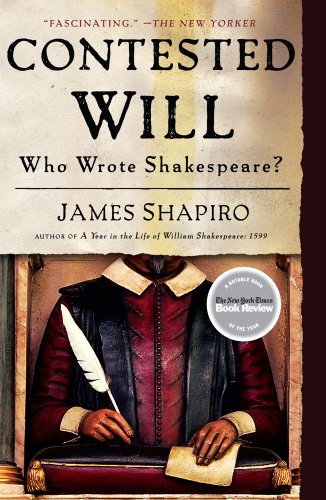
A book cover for Contested Will: Who Wrote Shakespeare?; James Shapiro; Literature & Fiction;